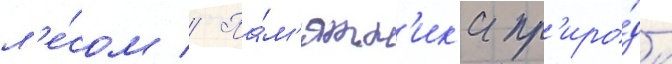
л'е́сом // Па́м'ятн'ик'и пр'иро́ды